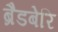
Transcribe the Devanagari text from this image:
ब्रैडबेरि